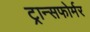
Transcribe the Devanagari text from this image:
ट्रान्सफोर्मर